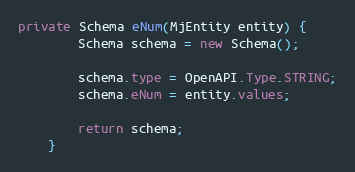
Language: Java
private Schema eNum(MjEntity entity) {
		Schema schema = new Schema();

		schema.type = OpenAPI.Type.STRING;
		schema.eNum = entity.values;

		return schema;
	}